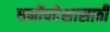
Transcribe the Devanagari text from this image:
धर्मोपदेशासाठी